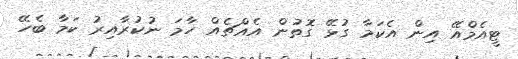
ޓީއެމްއޭ އިން އެކަމާ ގުޅޭ ގޮތުން އެއްޗެއް ހާމަ ނުކުރާއިރު ކަމާ ބެހޭ